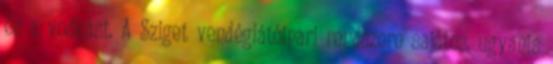
és a vodkást. A Sziget vendéglátóipari rendszere sajátos, ugyanis